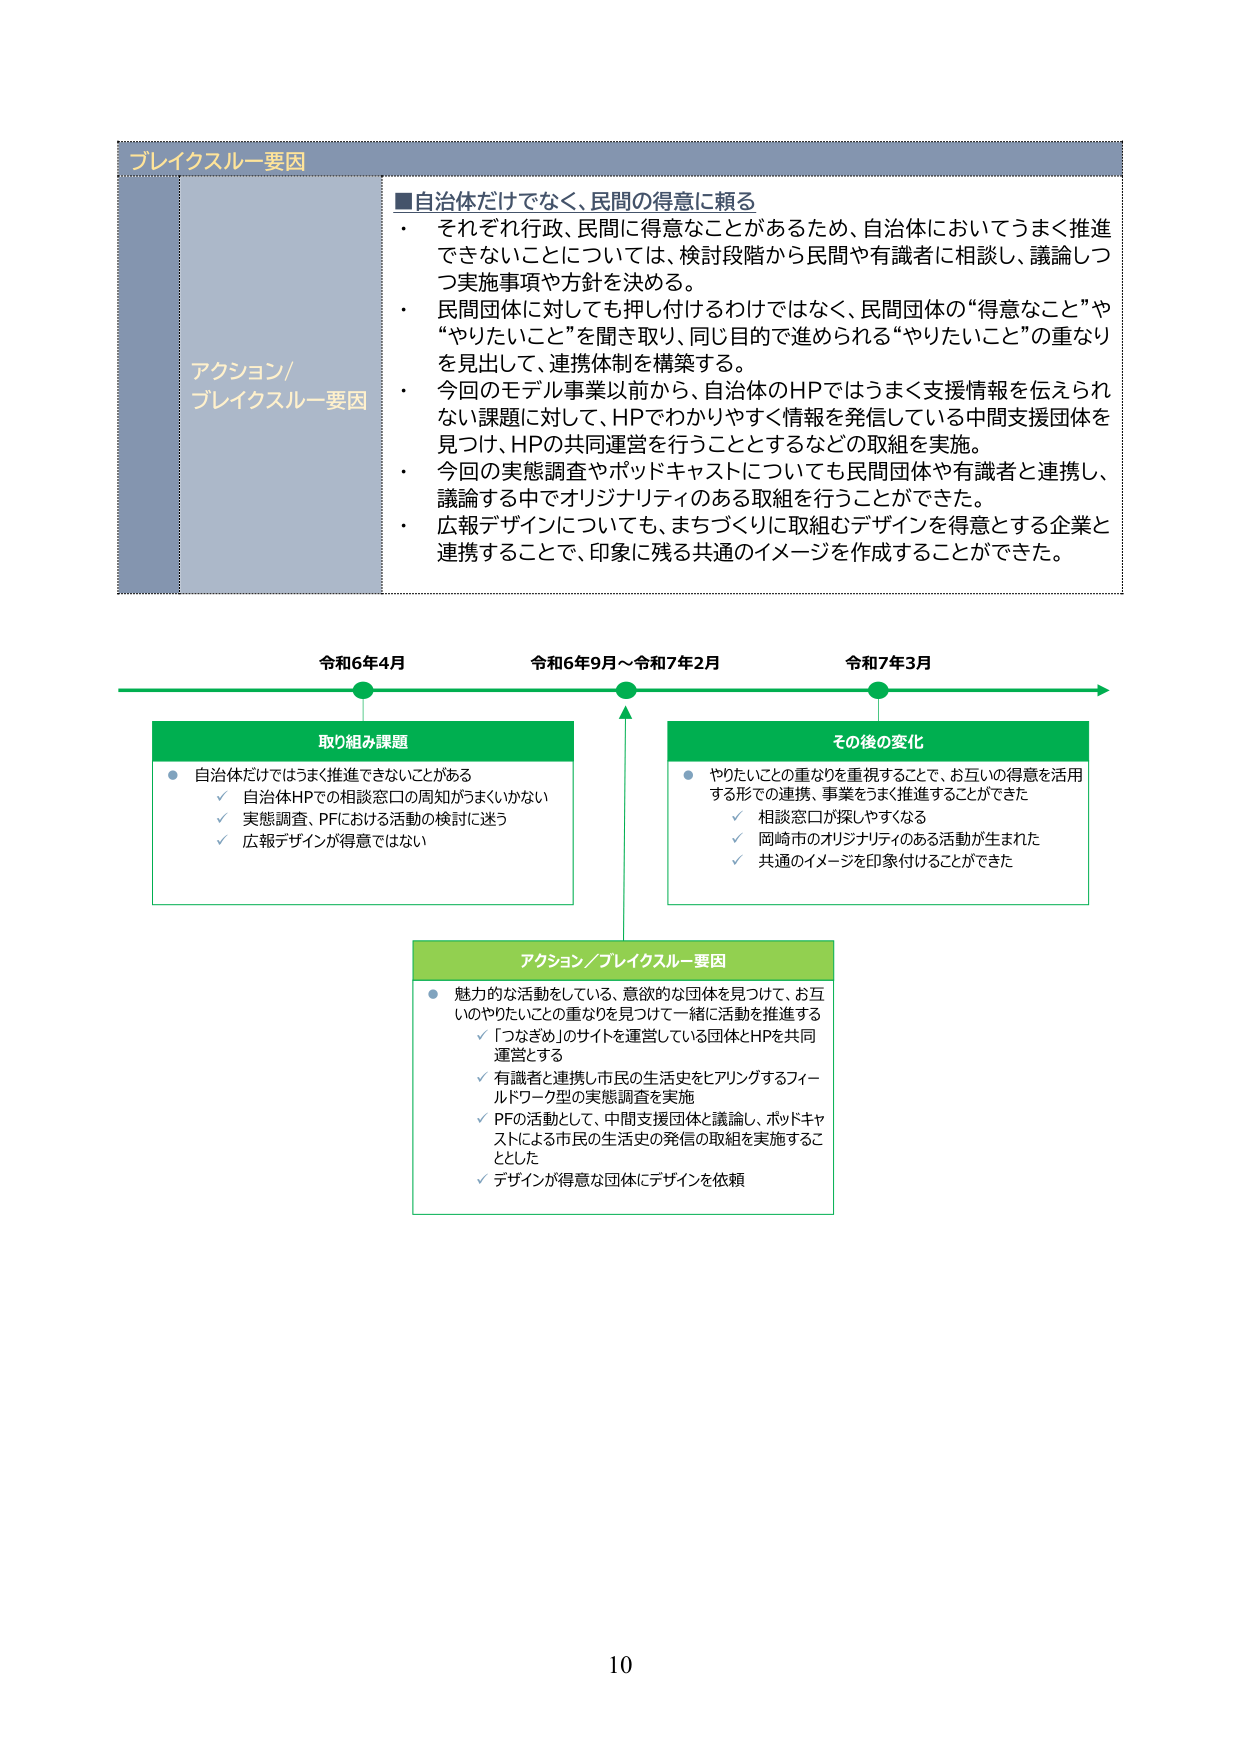
ブレイクスルー要因

■自治体だけでなく、民間の得意に頼る
・それぞれ行政、民間に得意なことがあるため、自治体においてうまく推進できないことについては、検討段階から民間や有識者に相談し、議論しつつ実施事項や方針を決める。
・民間団体に対しても押し付けるわけではなく、民間団体の“得意なこと”や“やりたいこと”を聞き取り、同じ目的で進められる“やりたいこと”の重なりを見出して、連携体制を構築する。
・今回のモデル事業以前から、自治体のHPではうまく支援情報を伝えられない課題に対して、HPでわかりやすく情報を発信している中間支援団体を見つけ、HPの共同運営を行うこととするなどの取組を実施。
・今回の実態調査やポッドキャストについても民間団体や有識者と連携し、議論する中でオリジナリティのある取組を行うことができた。
・広報デザインについても、まちづくりに取組むデザインを得意とする企業と連携することで、印象に残る共通のイメージを作成することができた。

令和6年4月
令和6年9月～令和7年2月
令和7年3月

取り組み課題
・自治体だけではうまく推進できないことがある
　✓ 自治体HPでの相談窓口の周知がうまくいかない
　✓ 実態調査、PFにおける活動の検討に迷う
　✓ 広報デザインが得意ではない

その後の変化
・やりたいことの重なりを重視することで、お互いの得意を活用する形での連携、事業をうまく推進することができた
　✓ 相談窓口が探しやすくなる
　✓ 岡崎市のオリジナリティのある活動が生まれた
　✓ 共通のイメージを印象付けることができた

アクション／ブレイクスルー要因
・魅力的な活動をしている、意欲的な団体を見つけて、お互いのやりたいことの重なりを見つけ一緒に活動を推進する
　✓ 「つなぎめ」のサイトを運営している団体とHPを共同運営とする
　✓ 有識者と連携し市民の生活史をヒアリングするフィールドワーク型の実態調査を実施
　✓ PFの活動として、中間支援団体と議論し、ポッドキャストによる市民の生活史の発信の取組を実施することとした
　✓ デザインが得意な団体にデザインを依頼

10